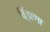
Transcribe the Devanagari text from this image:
विंझणा